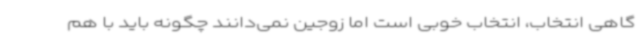
گاهی انتخاب، انتخاب خوبی است اما زوجین نمی‌دانند چگونه باید با هم